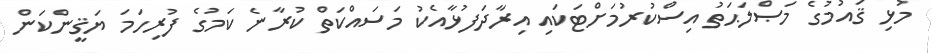
މުޅި ޤައުމުގެ މަޞްލަޙަތު އިސްކުރުމަށްޓަކައި އިރާދަފުޅާއެކު މަސައްކަތް ކުރާނެ ކަމުގެ ފުރިހަމަ ޔަޤީންކަން